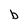
Character: b